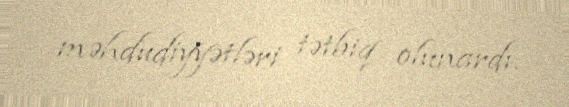
məhdudiyyətləri tətbiq olunardı.